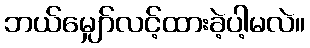
ဘယ်မျှော်လင့်ထားခဲ့ပါ့မလဲ။